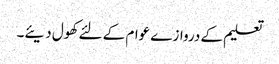
تعلیم کے دروازے عوام کے لئے کھول دیئے۔